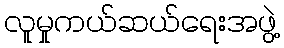
လူမှုကယ်ဆယ်ရေးအဖွဲ့